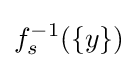
f_{s}^{-1}(\{y\})